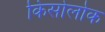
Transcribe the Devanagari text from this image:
किसोलोक